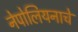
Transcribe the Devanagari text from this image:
नेपोलियनाचे